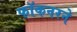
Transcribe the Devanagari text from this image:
फॉकनरने